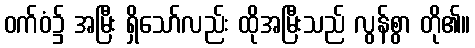
ဝက်ဝံ၌ အမြီး ရှိသော်လည်း ထိုအမြီးသည် လွန်စွာ တို၏။